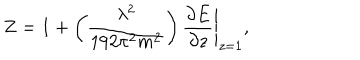
LaTeX: Z = 1 + \left( \frac { \lambda ^ { 2 } } { 1 9 2 \pi ^ { 2 } m ^ { 2 } } \right) \left. \frac { \partial E } { \partial z } \right| _ { z = 1 } ,